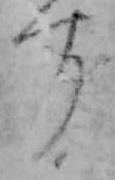
す